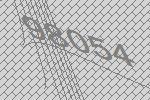
98054